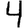
Digit: 4